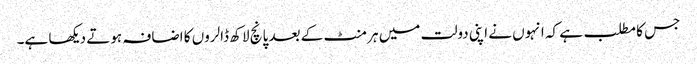
جس کا مطلب ہے کہ انہوں نے اپنی دولت میں ہر منٹ کے بعد پانچ لاکھ ڈالروں کا اضافہ ہوتے دیکھا ہے۔